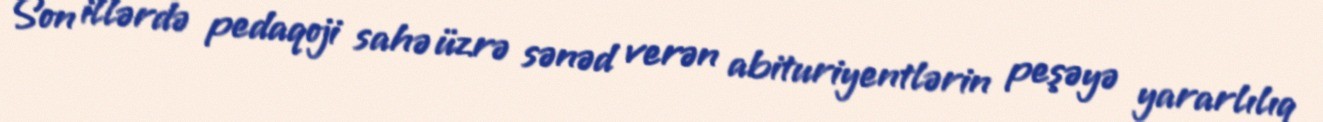
Son illərdə pedaqoji sahə üzrə sənəd verən abituriyentlərin peşəyə yararlılıq